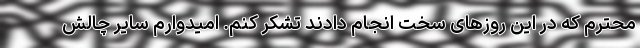
محترم که در این روزهای سخت انجام دادند تشکر کنم. امیدوارم سایر چالش